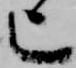
上